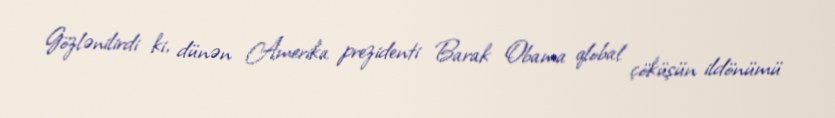
Gözlənilirdi ki, dünən Amerika prezidenti Barak Obama qlobal çöküşün ildönümü